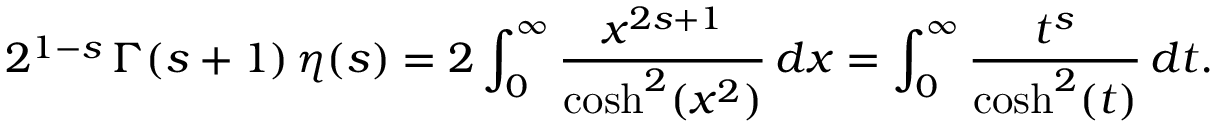
2 ^ { 1 - s } \, \Gamma ( s + 1 ) \, \eta ( s ) = 2 \int _ { 0 } ^ { \infty } { \frac { x ^ { 2 s + 1 } } { \cosh ^ { 2 } ( x ^ { 2 } ) } } \, d x = \int _ { 0 } ^ { \infty } { \frac { t ^ { s } } { \cosh ^ { 2 } ( t ) } } \, d t .